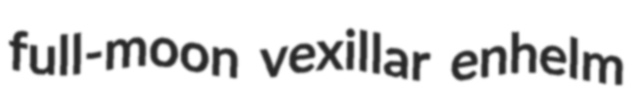
full-moon vexillar enhelm